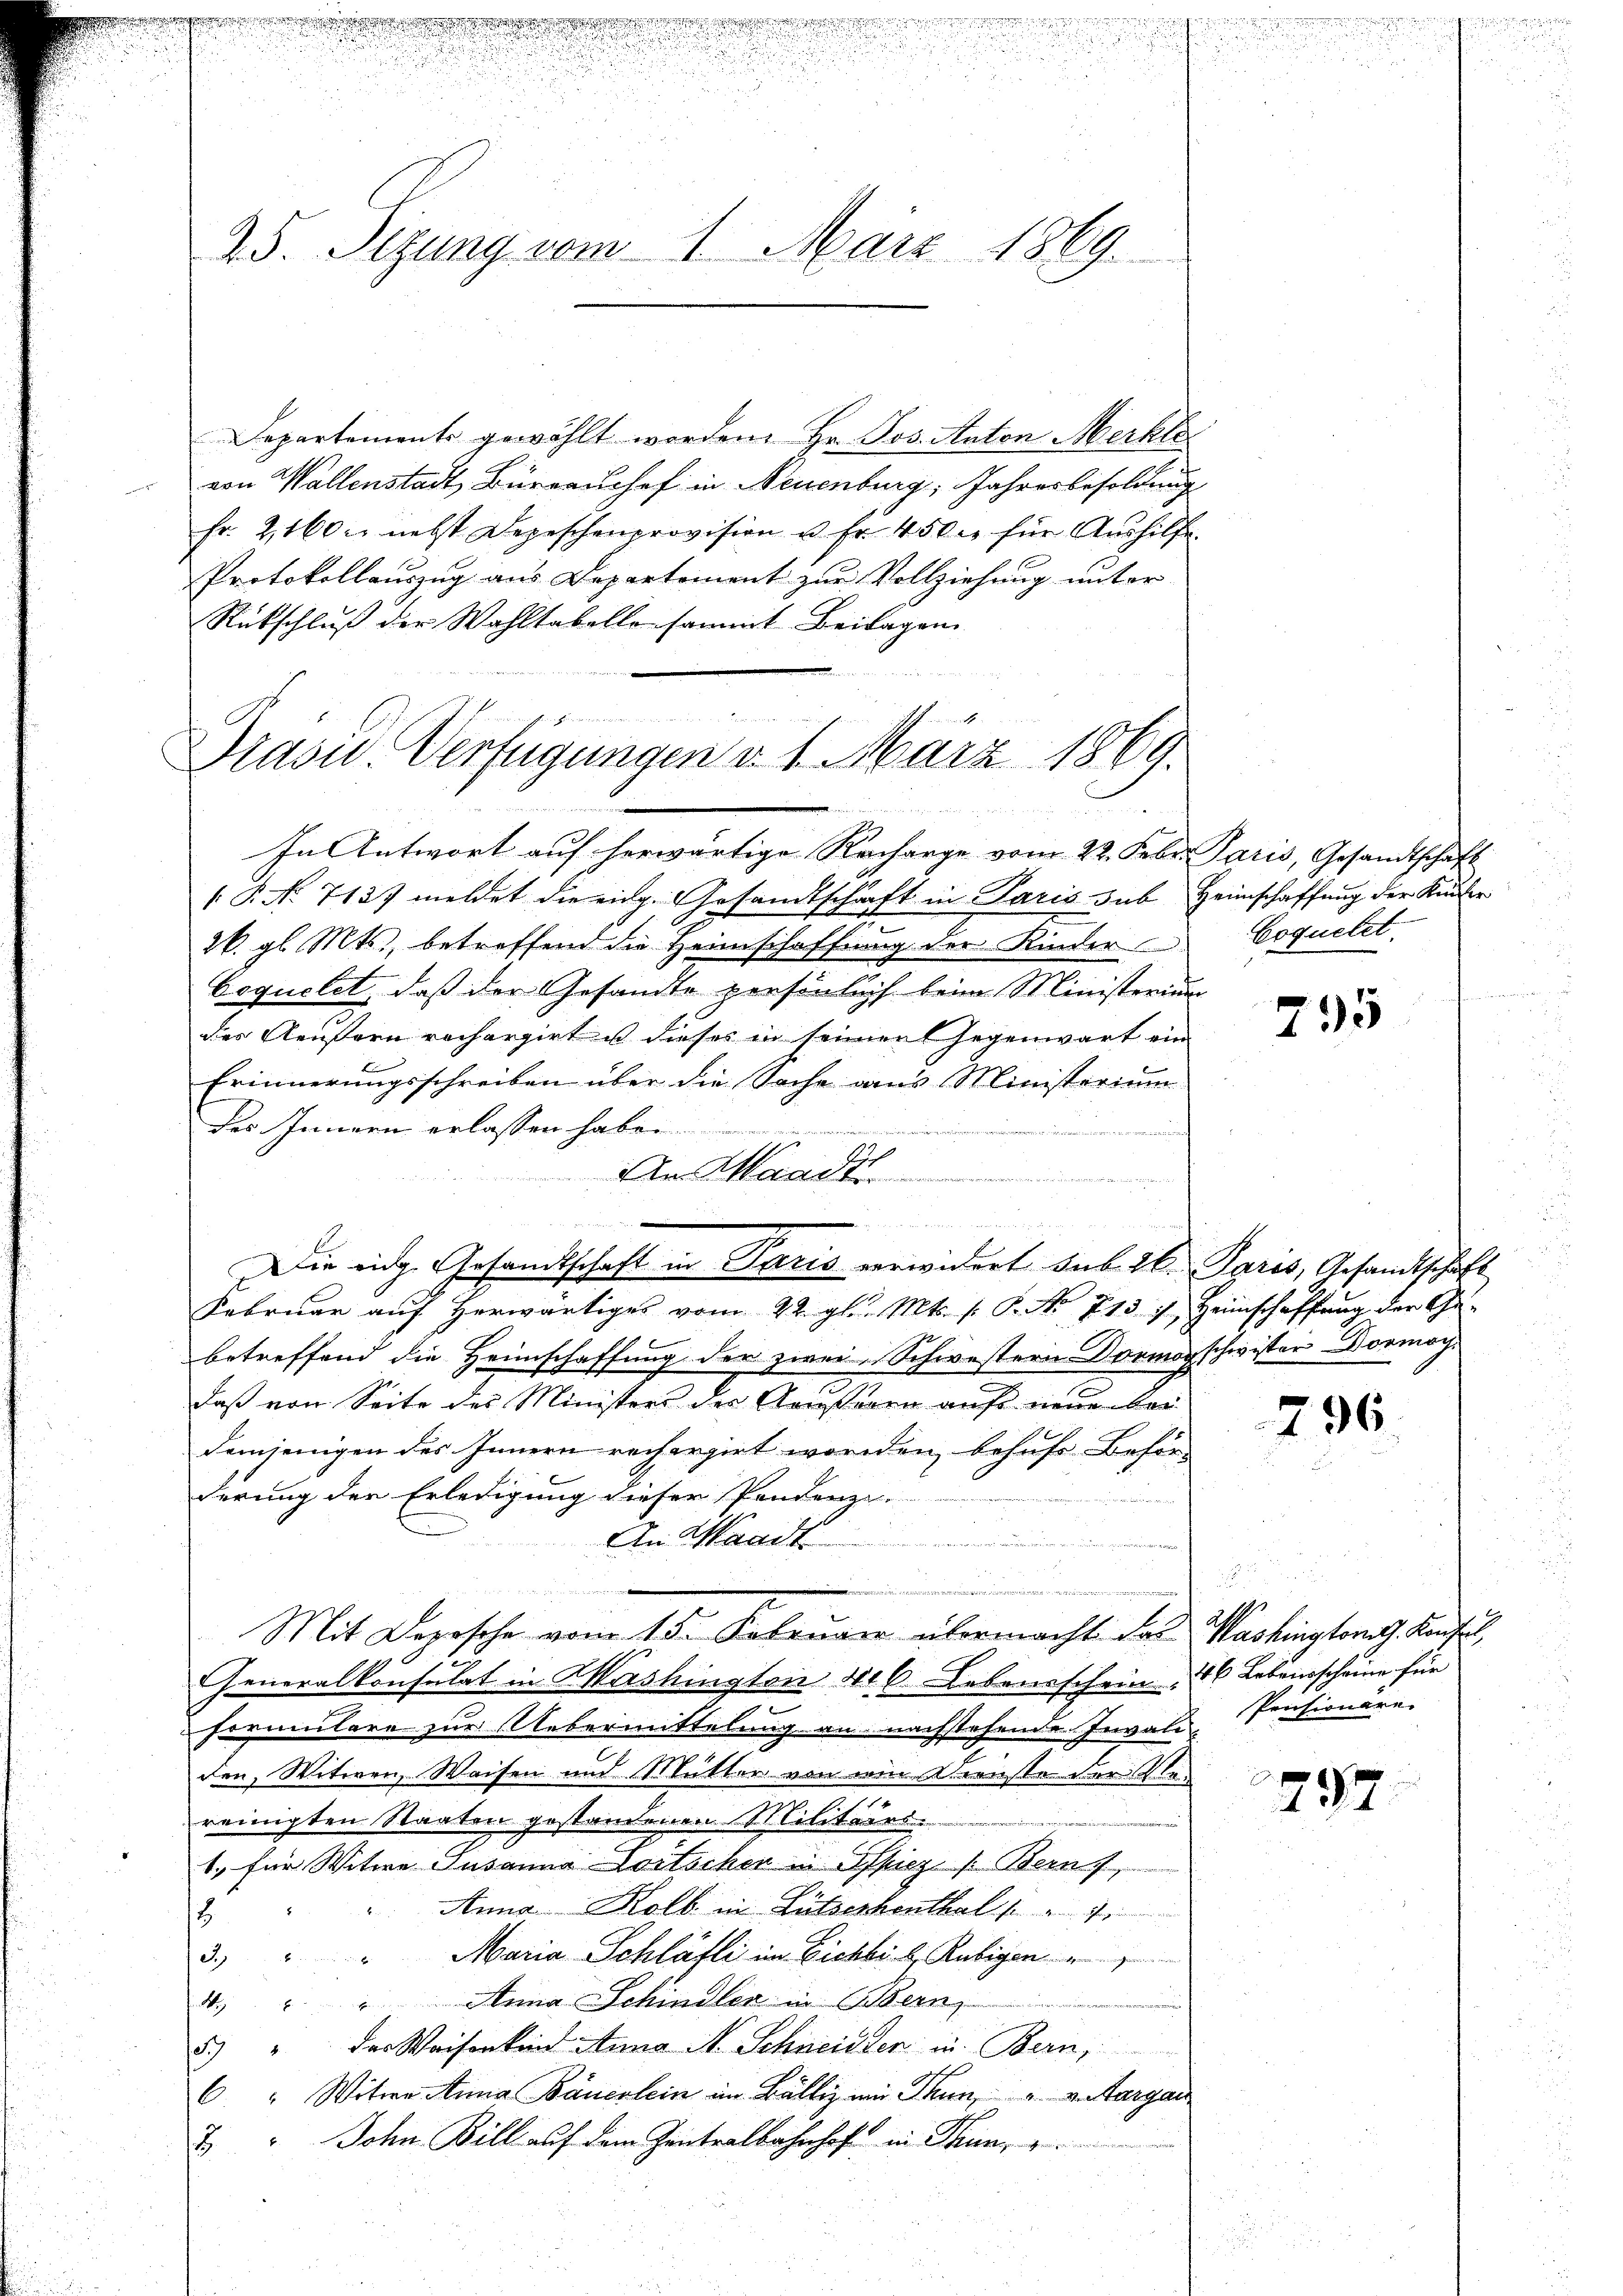
gger er

25. Sizung vom 1. März 1869.

Departements gewählt worden. Hr. Jos. Anton Merkla
von Wallenstadt, Büreaushof in Neuenburg, Jahresbesoldung
fr. 2160 c. nebst Depeschenprovision u. fr. 450. für Aŭshilfe.
Protokollauszug aus Departement zur Vollziehung unter
Rückschluß der Wahltabello sammt Beilagen
In Antwort auf herwärtige Nacharge vom 22. Febr. Paris, Gesandtschaft
 P. No 7137 meldet die eidg. Gesandtschaft in Paris sub Heimschaffung der Kinder
26. gl. Mts., betreffend die Heimschaffung der Kinder Coquetet
bequelet, daß der Gesandte persönlich beim Ministerium
des Aeußern rechargirt u dieses in seiner Gegenwart ein
Erinnerungsschreiben über die Sache aus Ministerium
Der Innern erlassen haben.
An Waadt
m
 dch denn es nun entwicke die ersten
Februar auf herwärtiges vom 22. gl. Mts. s. P. No 713. 7. Heimschaffung der Ge-
betreffend die Heimschaffung der zwei Schwestern Donmarschwister Dormöch¬
2
daß von Seite des Ministers der Arnsteren aufs neue bei
demjenigen des Innern recherzirt worden, behufe Behörderung der Erledigung dieser Pendenze
An Waadt

.
Mit Depesche vom 15. Februar übermacht das Washington Konse
Generalkonsulat in Washington 416. Lebensschein, 10 Lebensscheine für
Formulare zur Uebermittelung an nachstehende Invali
den, Witwen, Waisen und Mutter von dein Dienste der Stan
reinigten Staaten gestandenen Militärs.
1. für Witwe Susanna Dortschen u. Spicz (Bern,
Anna Kolb in Lütserkenthal f
8
3. " " Maria Schläfli im Eichbi b. Rubigen
4.) " " Anna Schindler in Bern,
5 " des Waisenkein Anna N. Schneidder in Bern,
6. " Witwe Anna Bauerlein im Bällig im Thun, " v. Aargau
2 " John Bill auf dem Zentralbahnhof in Thun,

i   der
Prasil-Verfügungen d. 1. März 1869.
1

Die eidg. Gesandtschaft in Paris verwidert sub 26. Paris, Gesandtschaft

F
d

795

796.

Pensionäre.

797.